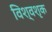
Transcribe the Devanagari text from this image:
विश्वशृक